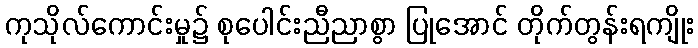
ကုသိုလ်ကောင်းမှု၌ စုပေါင်းညီညာစွာ ပြုအောင် တိုက်တွန်းရကျိုး